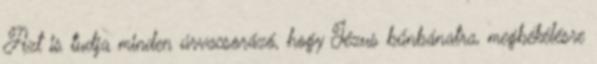
Azt is tudja minden úrvacsorázó, hogy Jézus bűnbánatra, megbékélésre